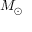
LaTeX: \begin{array} { l } { M _ { \odot } } \end{array}